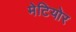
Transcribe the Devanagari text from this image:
मेटियोर